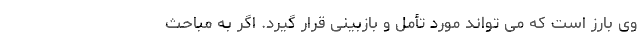
وی بارز است که می تواند مورد تأمل و بازبینی قرار گیرد. اگر به مباحث